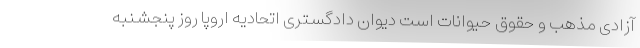
آزادی مذهب و حقوق حیوانات است دیوان دادگستری اتحادیه اروپا روز پنجشنبه